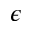
\epsilon